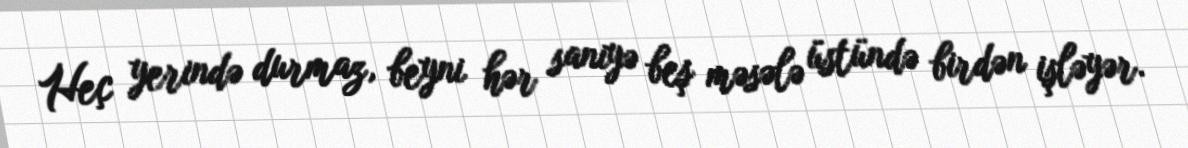
Heç yerində durmaz, beyni hər saniyə beş məsələ üstündə birdən işləyər.